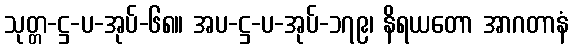
သုတ္တ-ဋ္ဌ-ပ-အုပ်-၆၈။ အပ-ဋ္ဌ-ပ-အုပ်-၁၇၉၊ နိရယတော အာဂတာနံ